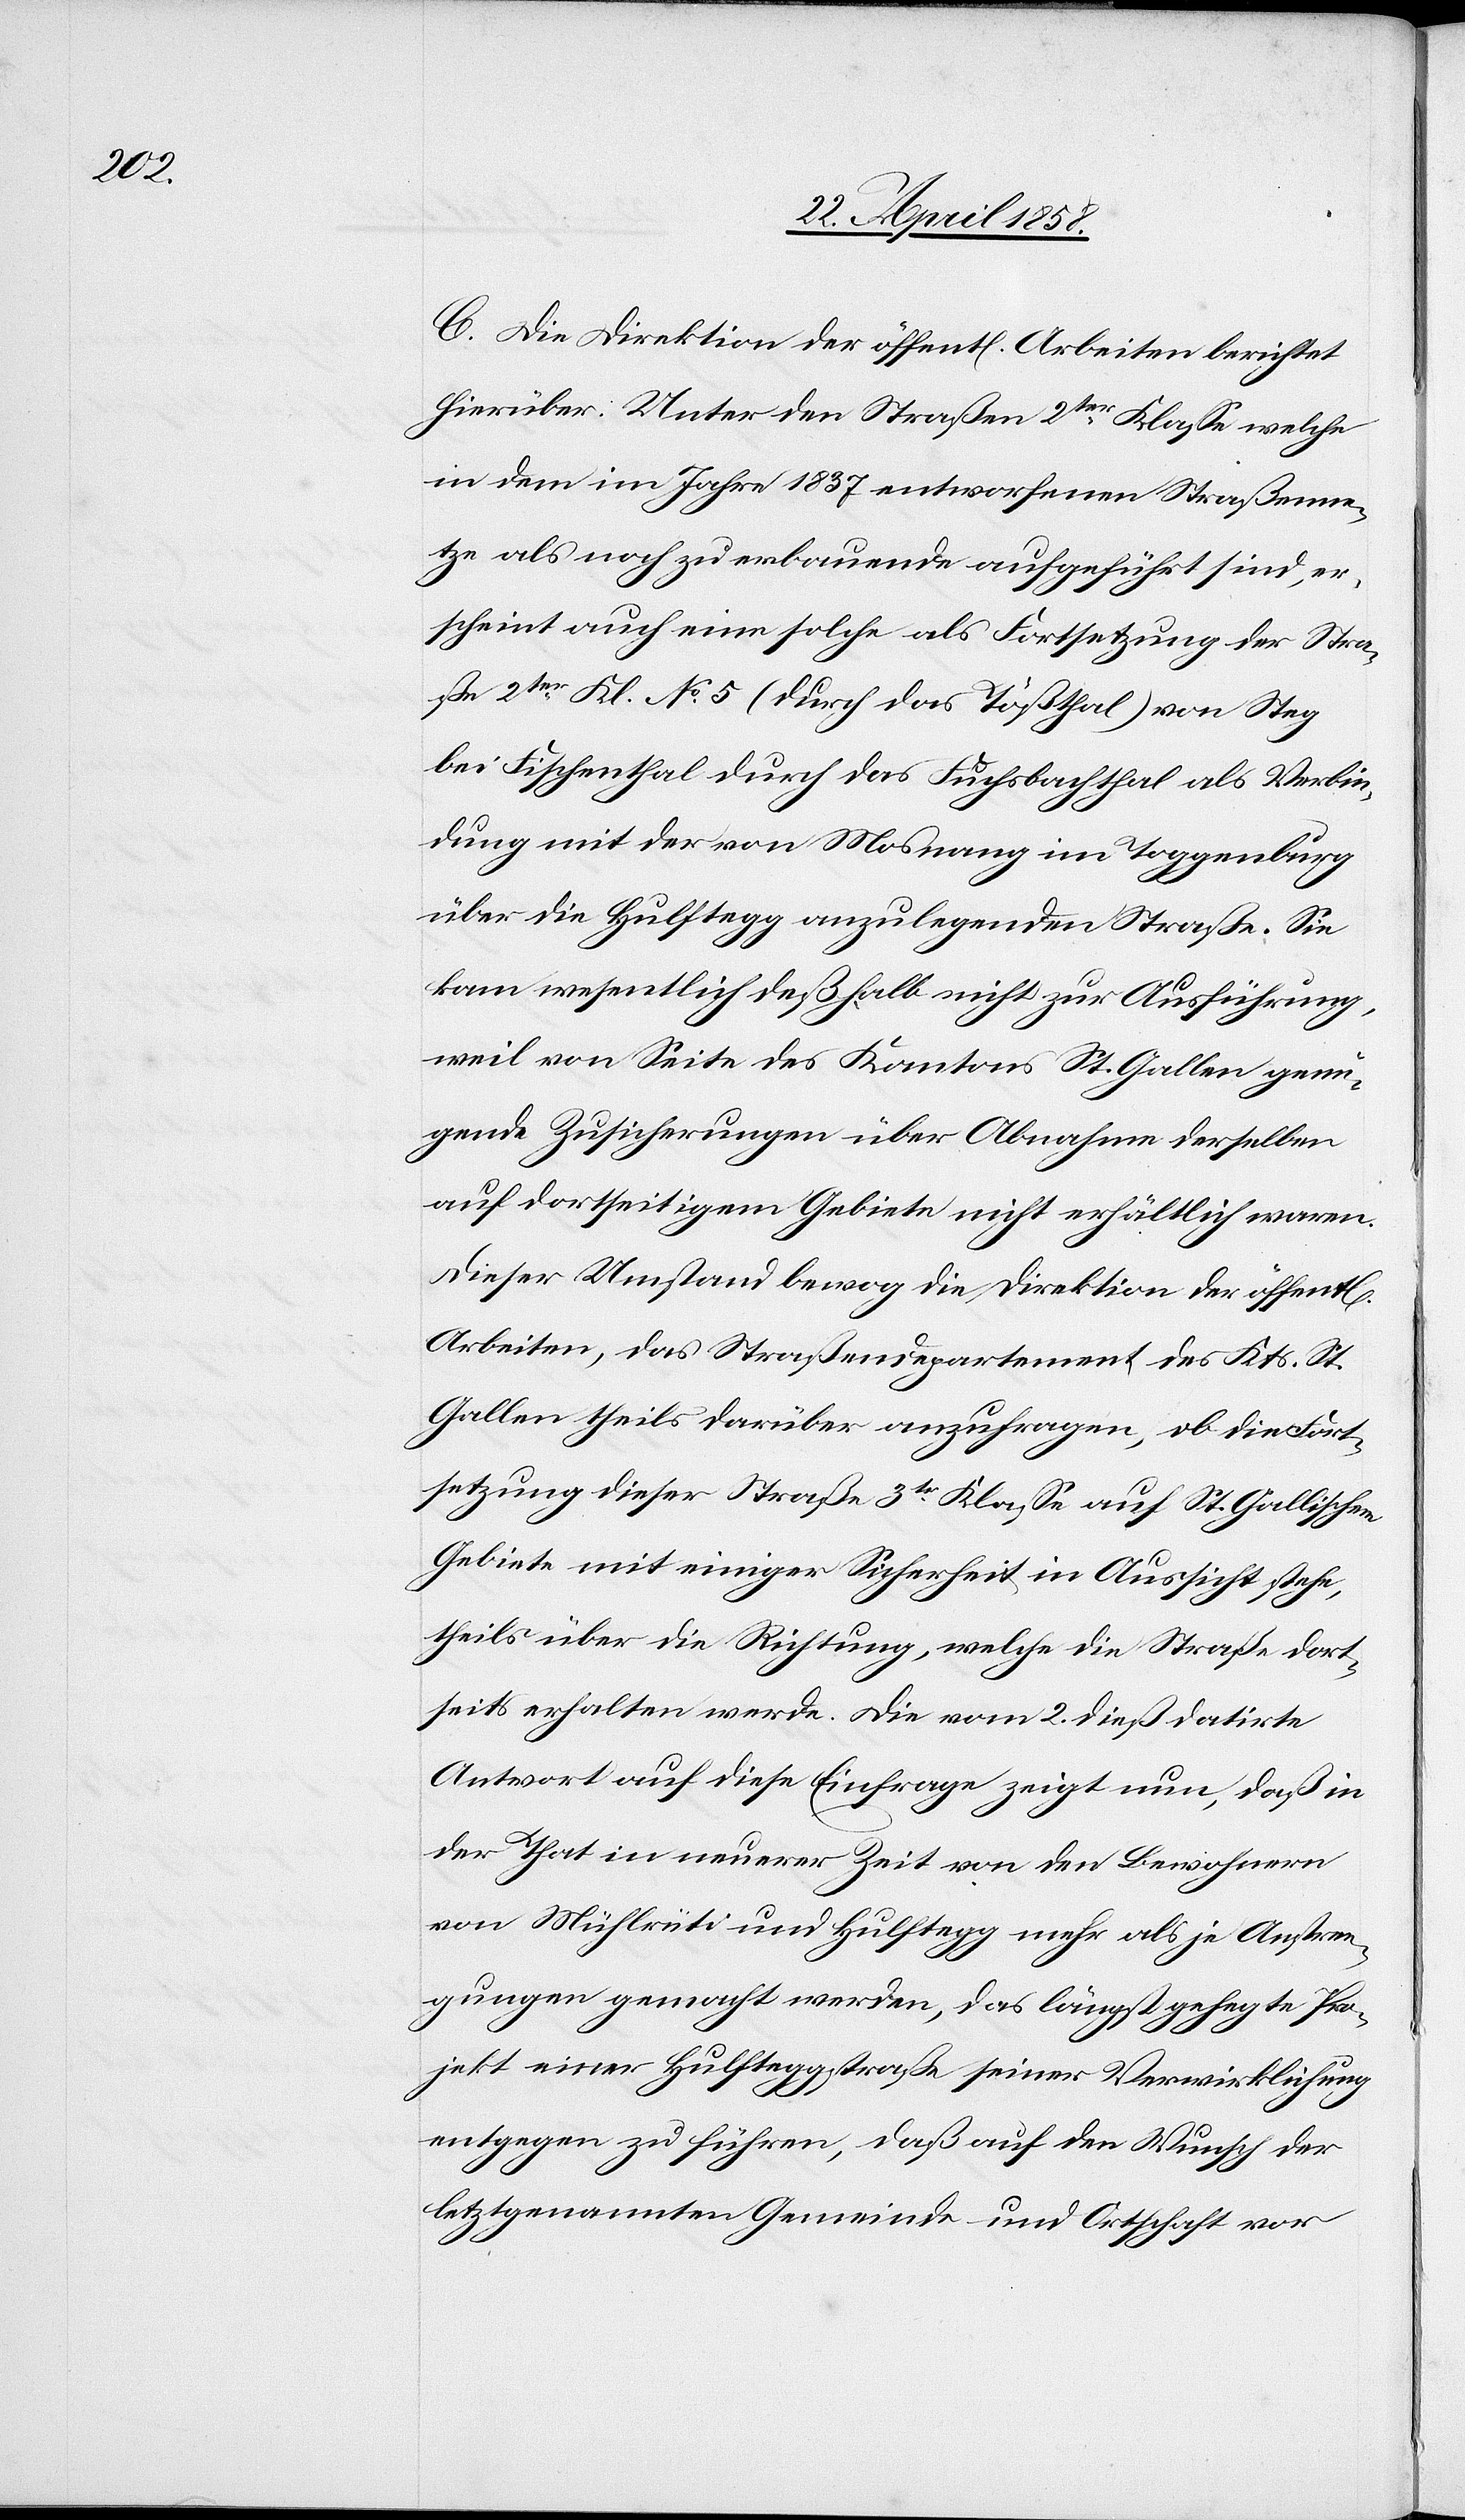
C. Die Direktion der öffent[lichen] Arbeiten berichtet
hierüber: Unter den Straßen 2ter Klasse welche
in dem im Jahre 1837 entworfenen Straßenne¬
tze als noch zu erbauende aufgeführt sind, er¬
scheint auch eine solche als Fortsetzung der Stra¬
ße 2ter Kl. No 5 (durch das Tößthal) von Steg
bei Fischenthal durch das Fuchsbachthal als Verbin¬
dung mit der von Mosnang im Toggenburg
über die Hulftegg anzulegenden Straße. Sie
kam wesentlich deßhalb nicht zur Ausführung,
weil von Seite des Kantons St. Gallen genü¬
gende Zusicherungen über Abnahme derselben
auf dortseitigem Gebiete nicht erhältlich waren.
Dieser Umstand bewog die Direktion der öffent[li¬
Arbeiten, das Straßendepartement des Kts. St.
Gallen theils darüber anzufragen, ob die Fort¬
setzung dieser Straße 3tr Klasse auf St. Gallischem
Gebiete mit einiger Sicherheit in Aussicht stehe,
theils über die Richtung, welche die Straße dort¬
seits erhalten werde, die vom 2. dieß datirte
Antwort auf diese Einfrage zeigt nun, daß in
der That in neuerer Zeit von den Bewohnern
von Mühlrüti und Hulftegg mehr als je Anstren¬
gungen gemacht werden, das längst gehegte Pro¬
jekt einer Hulfteggstraße seiner Verwirklichung
entgegen zu führen, daß auf den Wunsch der
letztgenannten Gemeinde und Ortschaft vor
chen]